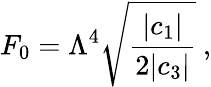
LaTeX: F_{0}=\Lambda^{4}\sqrt{\frac{|c_{1}|}{2|c_{3}|}}\ ,